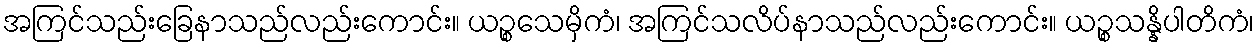
အကြင်သည်းခြေနာသည်လည်းကောင်း။ ယဉ္စသေမှိကံ၊ အကြင်သလိပ်နာသည်လည်းကောင်း။ ယဉ္စသန္နိပါတိကံ၊